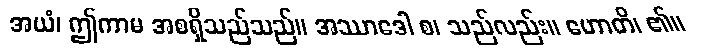
အယံ၊ ဤကာမ အစရှိသည်သည်။ အဿာဒေါ စ၊ သည်လည်း။ ဟောတိ၊ ၏။